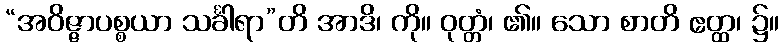
“အဝိဇ္ဇာပစ္စယာ သင်္ခါရာ”တိ အာဒိ၊ ကို။ ဝုတ္တံ၊ ၏။ သော စာတိ ဧတ္ထ၊ ၌။